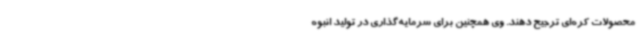
محصولات کره‌ای ترجیح دهند. وی همچنین برای سرمایه‌گذاری در تولید انبوه